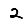
Digit: 2